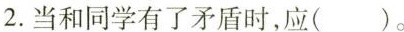
2.当和同学有了矛盾时，应( )。